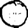
Digit: 0